Annual report of the Punjab Veterinary College and of the Civil Veterinary Department, Punjab - 1920-1925
Year: 1920
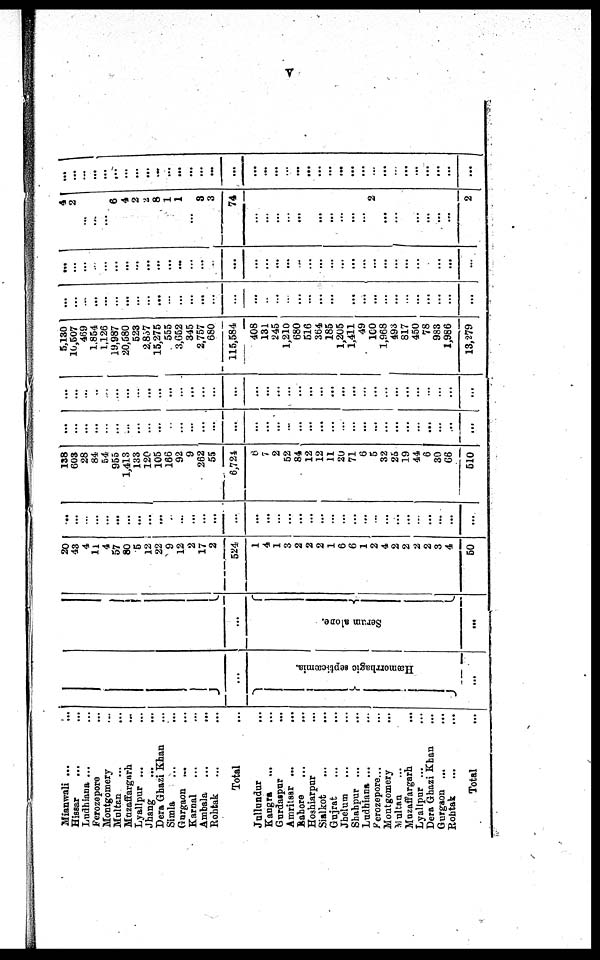
V
Mi anwal i ...
...
Hissar . . . . . .
Ludhiana ... ...
Ferozepore ...
Mont gomery
Moltan ...
...
Mnzaffargarh ...
Lyallpur ... ...
Jhang ... ...
Dera Ghazi Khan ... ...
Si ml a ... ...
Gurgaon ... ...
Karnal ... ...
Ambal a ...
...
Roht ak ... ...
Total ...
Jullundur ... ...
Kangra . . . . . .
Gurdaspur . . .
Amritsar ...
...
Lahore . . . . . .
Hoshiarpur ...
Sialkot ... ...
Gujrat ... ...
Jhelum ... ...
Shahpur ... ...
Ludhiana ... ...
Ferozepore... ...
Mont gomery ...
Mul t an ...
Muzaffargarh ...
Lyallpur ... ...
Dera Ghazi Khan ...
Gurgaon ... ...
Robt ak ... ...
Total ...
...
Hæmorrhagic septicæmia
...
...
Se r
u m alone.
...
20
43
4
11
4
57
80
5
12
22
9
12
2
17
2
524
1
4
1
3
2
2
2 1
6
6
1
2
4
2
2
2
2
3
4
50
...
...
...
...
...
...
...
...
...
...
... ...
...
...
...
...
...
...
...
...
...
...
...
...
...
...
...
...
...
... ...
...
... ...
...
...
138
603
28
84
54
955
1, 413
133
120
105
166
92
9
262
55
6, 724
6
7
2
52
84
12
12
11
20 71
6
5
32
25 19
44
6
30
66
510
...
...
...
...
...
...
...
...
...
...
...
...
...
...
...
...
...
...
...
...
...
...
...
...
...
...
...
...
...
...
... ...
...
... ...
...
...
...
...
...
..
...
...
...
...
...
...
...
...
...
...
...
...
...
...
...
...
...
...
...
...
... ...
...
...
...
...
...
...
...
...
...
...
5, 130
10, 507
469
1, 854
1, 126
19, 987
20, 580
523
2, 837
15, 275
555
3, 652
345
2, 757
680
115, 584
408
131
245
1, 210
680
516
364 185
1, 205
1, 411
49
100
1, 968
493
817
450
78
983
1,986
13, 279
...
...
...
...
...
...
...
...
...
...
...
...
...
...
...
...
...
-
...
..
...
...
...
...
...
...
...
...
... ...
...
...
...
... ...
...
...
...
...
...
...
...
...
...
...
...
...
...
...
...
...
...
...
...
...
...
...
...
...
...
...
...
...
...
...
... ...
...
... ... ...
...
4
2 1
...
...
... 6
4
2
2
8
1
1
... 3
3
74
...
...
...
... ...
... ...
...
... ...
... 2
... ...
... ...
...
... ...
2
...
...
...
...
...
...
...
...
...
...
...
...
...
...
...
...
...
...
...
...
...
...
...
...
...
...
...
... ...
...
...
...
... ...
...